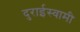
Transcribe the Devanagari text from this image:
दुराईस्वामी